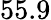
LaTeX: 55.9